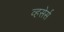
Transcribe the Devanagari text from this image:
व्हसेर्स